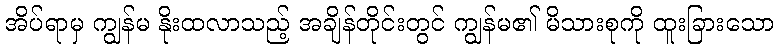
အိပ်ရာမှ ကျွန်မ နိုးထလာသည့် အချိန်တိုင်းတွင် ကျွန်မ၏ မိသားစုကို ထူးခြားသော